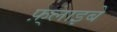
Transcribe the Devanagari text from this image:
फ़्लाइबे